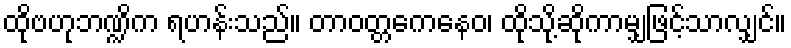
ထိုဗဟုဘဏ္ဍိက ရဟန်းသည်။ တာဝတ္တကေနေဝ၊ ထိုသို့ဆိုကာမျှဖြင့်သာလျှင်။